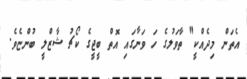
އެތަން މިދެއްކީ" ތާވަލުގެ ހަ ވަނާގައި އޮތް ބީޖީގެ ކޯޗު ޝާޒްލީ ބުންޏެވެ.